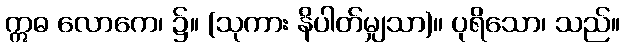
ဣဓ လောကေ၊ ၌။ (သုကား နိပါတ်မျှသာ)။ ပုရိသော၊ သည်။